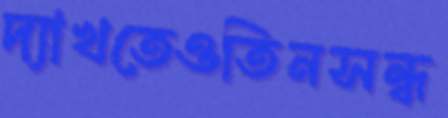
দ্যাখতেওতিনসন্ধ